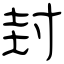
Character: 封